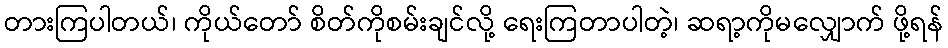
တားကြပါတယ်၊ ကိုယ်တော် စိတ်ကိုစမ်းချင်လို့ ရေးကြတာပါတဲ့၊ ဆရာ့ကိုမလျှောက် ဖို့ရန်